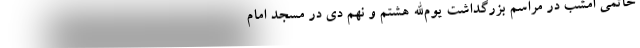
خاتمی امشب در مراسم بزرگداشت یوم‌الله هشتم و نهم دی در مسجد امام